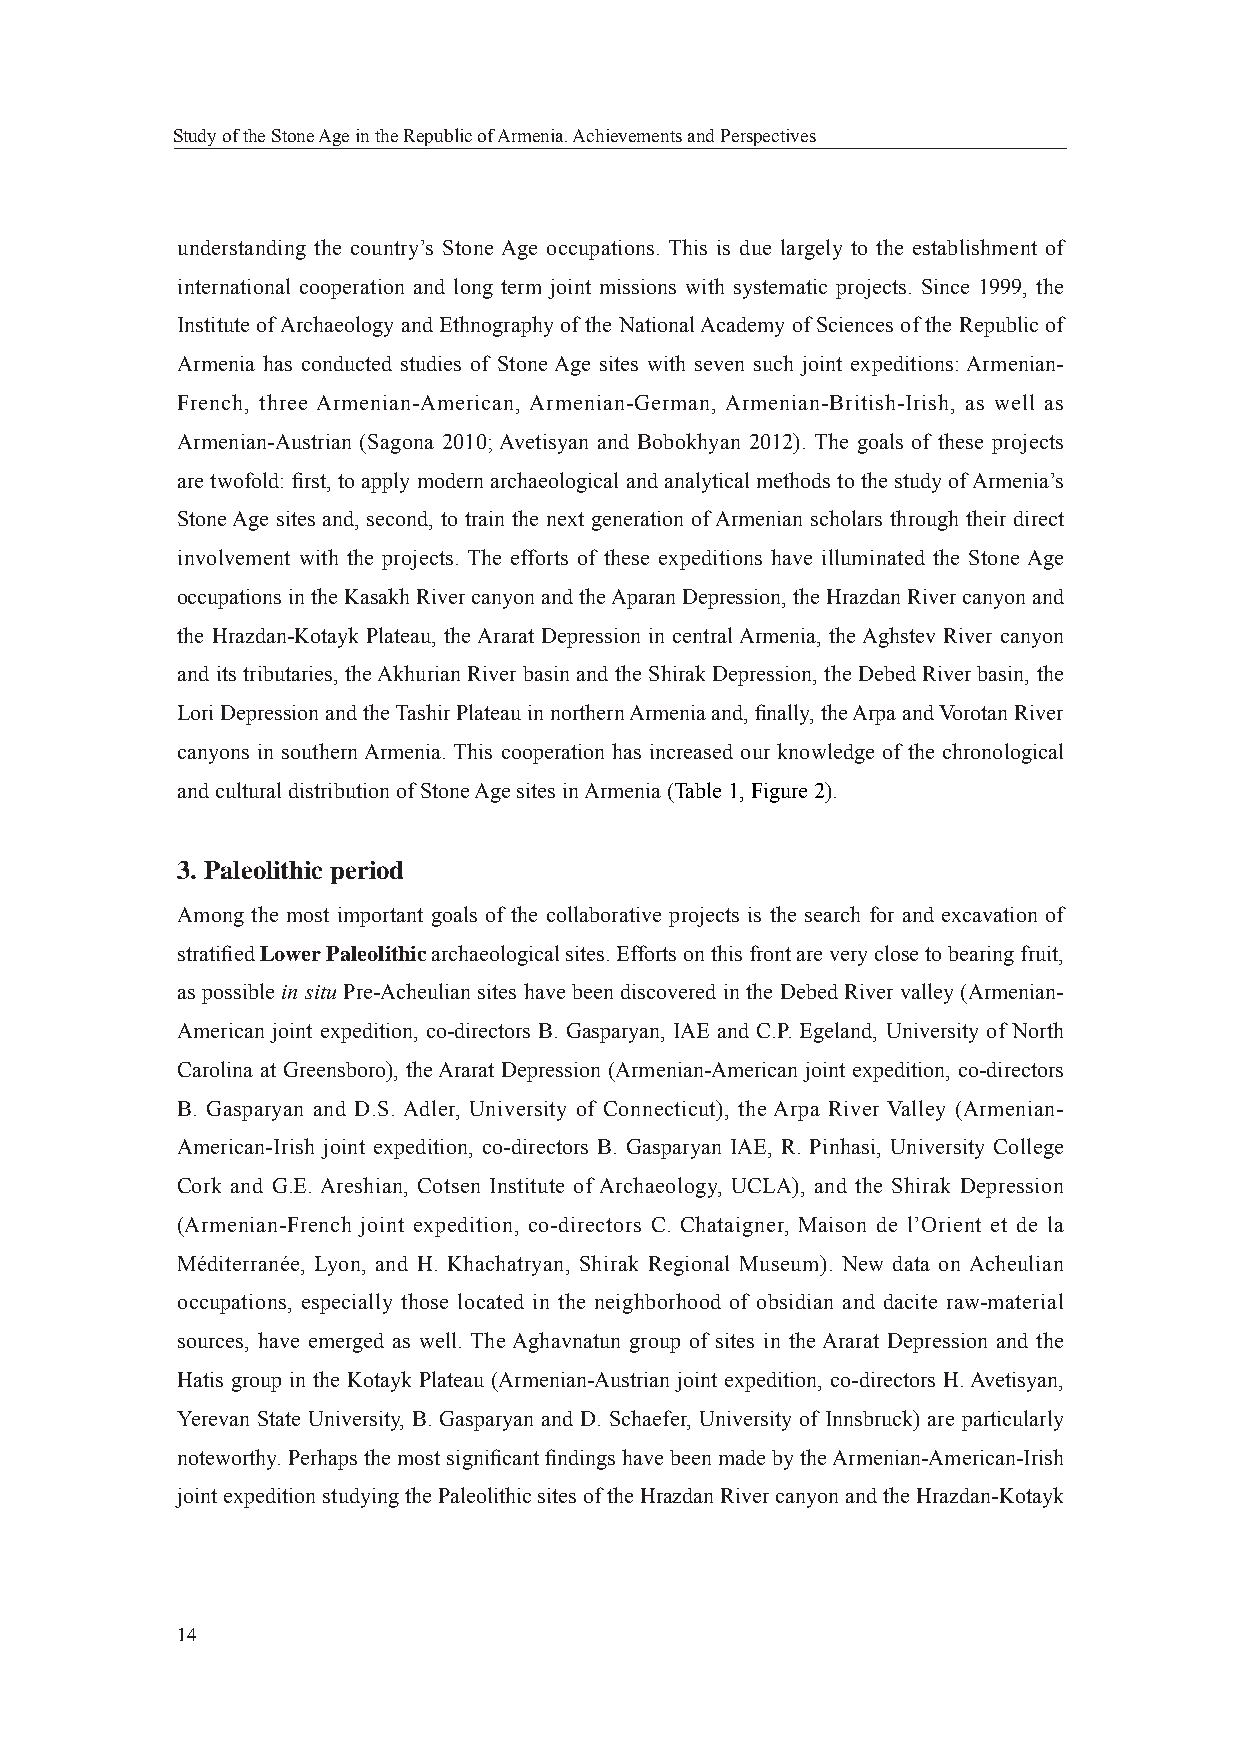
Study of the Stone Age in the Republic of Armenia. Achievements and Perspectives
 understanding the country’s Stone Age occupations. This is due largely to the establishment of
 international cooperation and long term joint missions with systematic projects. Since 1999, the
 Institute of Archaeology and Ethnography of the National Academy of Sciences of the Republic of
 Armenia has conducted studies of Stone Age sites with seven such joint expeditions: Armenian-
 French, three Armenian-American, Armenian-German, Armenian-British-Irish, as well as
 Armenian-Austrian (Sagona 2010; Avetisyan and Bobokhyan 2012). The goals of these projects
 are twofold: fi rst, to apply modern archaeological and analytical methods to the study of Armenia’s
 Stone Age sites and, second, to train the next generation of Armenian scholars through their direct
 involvement with the projects. The efforts of these expeditions have illuminated the Stone Age
 occupations in the Kasakh River canyon and the Aparan Depression, the Hrazdan River canyon and
 the Hrazdan-Kotayk Plateau, the Ararat Depression in central Armenia, the Aghstev River canyon
 and its tributaries, the Akhurian River basin and the Shirak Depression, the Debed River basin, the
 Lori Depression and the Tashir Plateau in northern Armenia and, fi nally, the Arpa and Vorotan River
 canyons in southern Armenia. This cooperation has increased our knowledge of the chronological
 and cultural distribution of Stone Age sites in Armenia (Table 1, Figure 2).
 3. Paleolithic period
 Among the most important goals of the collaborative projects is the search for and excavation of
 stratifi ed Lower Paleolithic archaeological sites. Efforts on this front are very close to bearing fruit,
 as possible in situ Pre-Acheulian sites have been discovered in the Debed River valley (Armenian-
 American joint expedition, co-directors B. Gasparyan, IAE and C.P. Egeland, University of North
 Carolina at Greensboro), the Ararat Depression (Armenian-American joint expedition, co-directors
 B. Gasparyan and D.S. Adler, University of Connecticut), the Arpa River Valley (Armenian-
 American-Irish joint expedition, co-directors B. Gasparyan IAE, R. Pinhasi, University College
 Cork and G.E. Areshian, Cotsen Institute of Archaeology, UCLA), and the Shirak Depression
 (Armenian-French joint expedition, co-directors C. Chataigner, Maison de l’Orient et de la
 Méditerranée, Lyon, and H. Khachatryan, Shirak Regional Museum). New data on Acheulian
 occupations, especially those located in the neighborhood of obsidian and dacite raw-material
 sources, have emerged as well. The Aghavnatun group of sites in the Ararat Depression and the
 Hatis group in the Kotayk Plateau (Armenian-Austrian joint expedition, co-directors H. Avetisyan,
 Yerevan State University, B. Gasparyan and D. Schaefer, University of Innsbruck) are particularly
 noteworthy. Perhaps the most signifi cant fi ndings have been made by the Armenian-American-Irish
 joint expedition studying the Paleolithic sites of the Hrazdan River canyon and the Hrazdan-Kotayk
 14